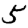
Digit: 5